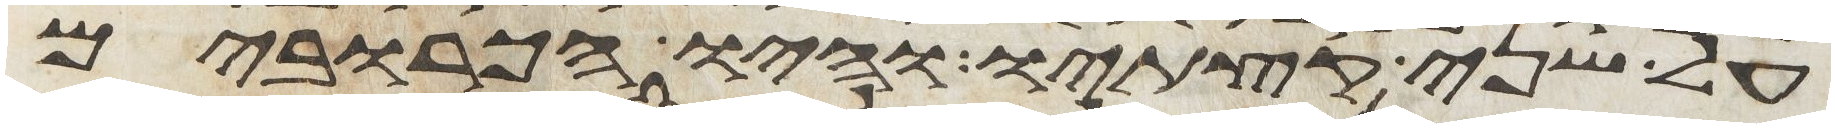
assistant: על שני קצתיו והיו הכרובים